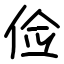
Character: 俭